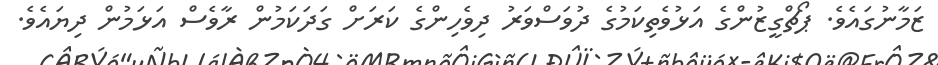
ޒަމާނުގައެވެ. ޕޯޗްގީޒުންގެ އަޅުވެތިކަމުގެ ދުވަސްވަރު ދިވެހިންގެ ކަރަށް ގަދަކަމުން ރާވެސް އަޅަމުން ދިޔައެވެ.